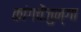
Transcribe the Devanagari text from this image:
कांगचेंजुन्गा